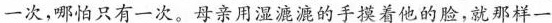
一次，哪怕只有一次。母亲用湿漉漉的手摸着他的脸，就那样一